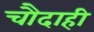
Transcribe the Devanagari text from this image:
चौदाही